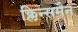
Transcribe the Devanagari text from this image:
क्लिन्समैन